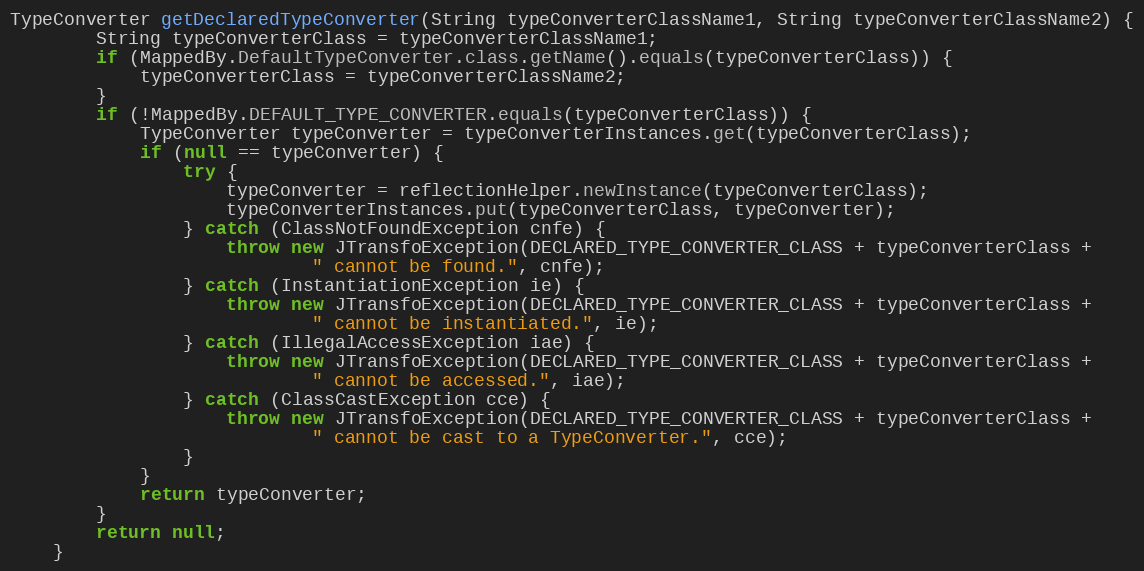
Language: Java
TypeConverter getDeclaredTypeConverter(String typeConverterClassName1, String typeConverterClassName2) {
        String typeConverterClass = typeConverterClassName1;
        if (MappedBy.DefaultTypeConverter.class.getName().equals(typeConverterClass)) {
            typeConverterClass = typeConverterClassName2;
        }
        if (!MappedBy.DEFAULT_TYPE_CONVERTER.equals(typeConverterClass)) {
            TypeConverter typeConverter = typeConverterInstances.get(typeConverterClass);
            if (null == typeConverter) {
                try {
                    typeConverter = reflectionHelper.newInstance(typeConverterClass);
                    typeConverterInstances.put(typeConverterClass, typeConverter);
                } catch (ClassNotFoundException cnfe) {
                    throw new JTransfoException(DECLARED_TYPE_CONVERTER_CLASS + typeConverterClass +
                            " cannot be found.", cnfe);
                } catch (InstantiationException ie) {
                    throw new JTransfoException(DECLARED_TYPE_CONVERTER_CLASS + typeConverterClass +
                            " cannot be instantiated.", ie);
                } catch (IllegalAccessException iae) {
                    throw new JTransfoException(DECLARED_TYPE_CONVERTER_CLASS + typeConverterClass +
                            " cannot be accessed.", iae);
                } catch (ClassCastException cce) {
                    throw new JTransfoException(DECLARED_TYPE_CONVERTER_CLASS + typeConverterClass +
                            " cannot be cast to a TypeConverter.", cce);
                }
            }
            return typeConverter;
        }
        return null;
    }